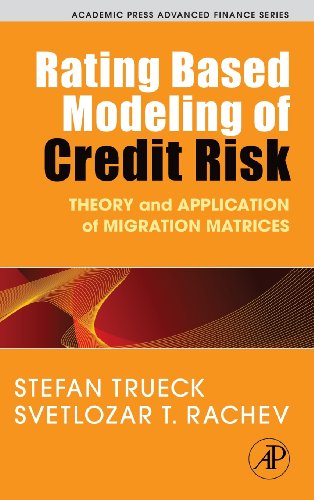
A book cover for Rating Based Modeling of Credit Risk: Theory and Application of Migration Matrices (Academic Press Advanced Finance); Stefan Trueck; Business & Money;